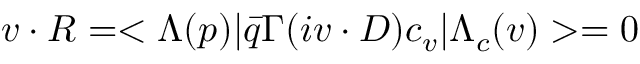
v \cdot R = < \Lambda ( p ) | \bar { q } \Gamma ( i v \cdot D ) c _ { v } | \Lambda _ { c } ( v ) > = 0